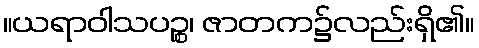
။ယရာဝါသပဉ္စ၊ ဇာတက၌လည်းရှိ၏။